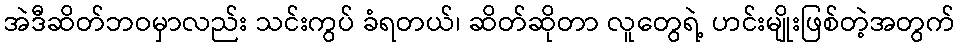
အဲဒီဆိတ်ဘဝမှာလည်း သင်းကွပ် ခံရတယ်၊ ဆိတ်ဆိုတာ လူတွေရဲ့ ဟင်းမျိုးဖြစ်တဲ့အတွက်